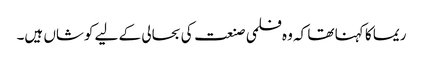
ریما کا کہنا تھا کہ وہ فلمی صنعت کی بحالی کے لیے کوشاں ہیں۔